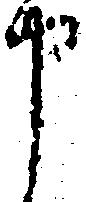
申